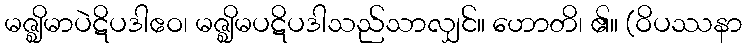
မဇ္ဈိမာပဲဋိပဒါဧဝ၊ မဇ္ဈိမပဋိပဒါသည်သာလျှင်။ ဟောတိ၊ ၏။ (ဝိပဿနာ